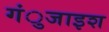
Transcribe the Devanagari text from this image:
गंुजाइश